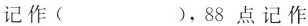
记作（ ），88点记作